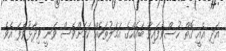
އަދި އެއީ ގޮތް ހުސްވެފައިވާ ބައެއްގެ އަމަލުތަކެއް ކަަމަށްވެސް ވަނީ ވިދާޅުވެފަ އެވެ.